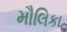
મૌલિકા